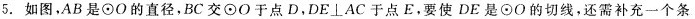
5.如图，AB是⊙O的直径，BC交⊙O于点D，DE⊥AC于点E。要使DE是⊙O的切线，还需补充一个条